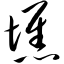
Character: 憔